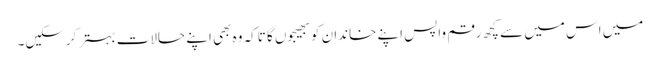
میں اس میں سے کچھ رقم واپس اپنے خاندان کو بھیجوں گا تاکہ وہ بھی اپنے حالات بہتر کرسکیں۔